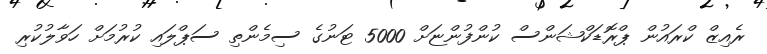
ރެއިޒް ކްރައުން ޕްރޮޑަކްޝަންސް ކުންފުންޏަށް 5000 ޓަނުގެ ސިމެންތި ސަޕްލައި ކުރުމަށް ހަވާލުކުރި